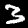
Label: 3